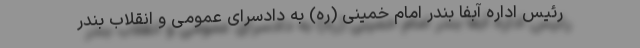
رئیس اداره آبفا بندر امام خمینی (ره) به دادسرای عمومی و انقلاب بندر